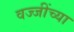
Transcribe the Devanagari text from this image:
वज्जींच्या